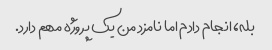
بله، انجام دادم اما نامزد من یک پروژه مهم دارد.